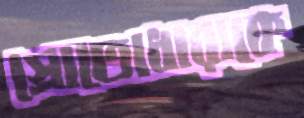
স্রোতোধারাকে